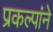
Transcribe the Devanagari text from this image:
प्रकल्पांने